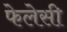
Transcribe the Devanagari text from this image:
फेलेसी